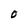
Character: O